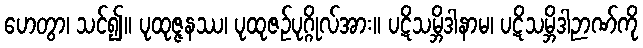
ဟေတွာ၊ သင်၍။ ပုထုဇ္ဇနဿ၊ ပုထုဇဉ်ပုဂ္ဂိုလ်အား။ ပဋိသမ္ဘိဒါနာမ၊ ပဋိသမ္ဘိဒါဉာဏ်ကို